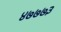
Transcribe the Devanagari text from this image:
४७७७३